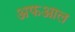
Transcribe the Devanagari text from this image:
अफआल